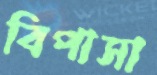
বিপাসা